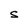
Character: S